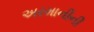
અરમાનીની